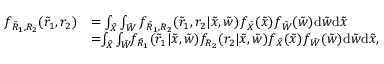
\begin{array} { r l } { f _ { { { { \tilde { R } } } _ { 1 } } , { { { R } } _ { 2 } } } ( { { { \tilde { r } } } _ { 1 } } , { { { r } } _ { 2 } } ) } & { = \int _ { \tilde { X } } \int _ { \tilde { W } } f _ { { { { \tilde { R } } } _ { 1 } } , { { { R } } _ { 2 } } } ( { { { \tilde { r } } } _ { 1 } } , { { { r } } _ { 2 } } | \tilde { x } , \tilde { w } ) f _ { { { \tilde { X } } } } ( \tilde { x } ) f _ { { { \tilde { W } } } } ( \tilde { w } ) \mathrm { d } { \tilde { w } } \mathrm { d } { \tilde { x } } } \\ & { = \! \! \int _ { \tilde { X } } \int _ { \tilde { W } } \! \! f _ { { { { \tilde { R } } } _ { 1 } } } ( { { { \tilde { r } } } _ { 1 } } | \tilde { x } , \tilde { w } ) f _ { { { { R } } _ { 2 } } } ( { { { r } } _ { 2 } } | \tilde { x } , \tilde { w } ) f _ { { { \tilde { X } } } } ( \tilde { x } ) f _ { { { \tilde { W } } } } ( \tilde { w } ) \mathrm { d } { \tilde { w } } \mathrm { d } { \tilde { x } } , } \end{array}